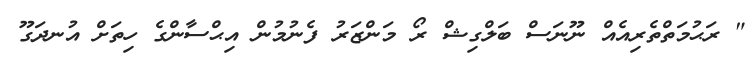
" ރަޙުމަތްތެރިއެއް ނޫނަސް ބަލްގިޝް ރޯ މަންޒަރު ފެނުމުން އިޙްސާންގެ ހިތަށް އުނދަގޫ